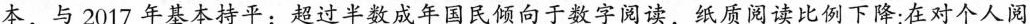
本，与2017年基本持平；超过半数成年国民倾向于数字阅读，纸质阅读比例下降：在对个人阅